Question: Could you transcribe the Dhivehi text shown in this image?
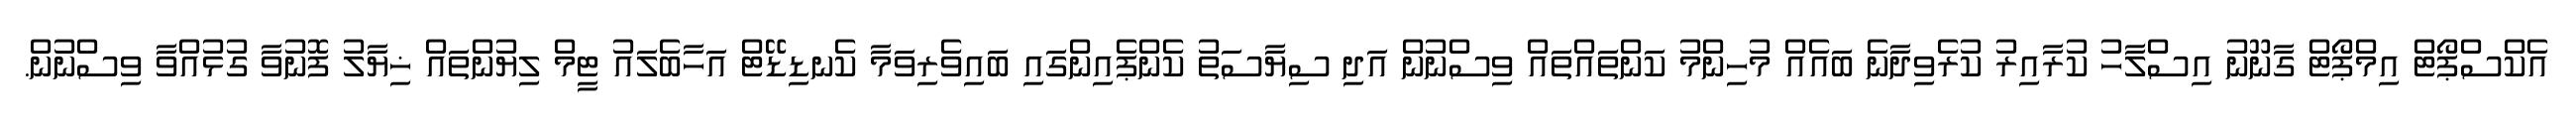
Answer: އެކްސްޕޯޓް އިމްޕޯޓް ގާނޫނު އިސްލާހު ކުރާއިރު ކުރެވިދާނެ ބައެއް މުހިންމު ކަންތައްތައް ވިސްނުން އަދި ސިޔާސަތު ކެންޕެއިންގައި ބައިވެރިވަމާ ކެނޑިޑޭޓް އަހާބެލައު ޓީމް ލިޔުންތައް ޚިޔާލު ފޮނުވާ ގުޅުއްވާ ވިސްނުން.